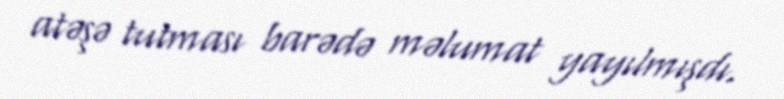
atəşə tutması barədə məlumat yayılmışdı.